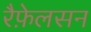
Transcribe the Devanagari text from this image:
रैफ़ेलसन